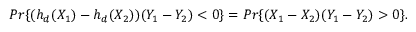
P r \{ ( h _ { d } ( X _ { 1 } ) - h _ { d } ( X _ { 2 } ) ) ( Y _ { 1 } - Y _ { 2 } ) < 0 \} = P r \{ ( X _ { 1 } - X _ { 2 } ) ( Y _ { 1 } - Y _ { 2 } ) > 0 \} .